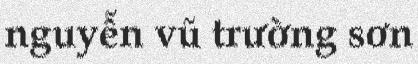
nguyễn vũ trường sơn